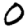
Digit: 0